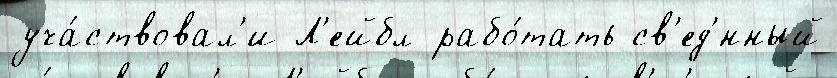
уча́ствовал'и Л'ейбл рабо́тать св'ед'́нный